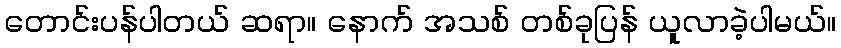
တောင်းပန်ပါတယ် ဆရာ။ နောက် အသစ် တစ်ခုပြန် ယူလာခဲ့ပါမယ်။